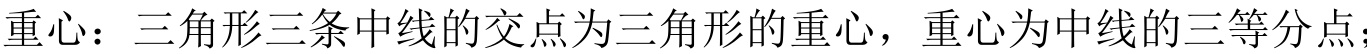
重心：三角形三条中线的交点为三角形的重心，重心为中线的三等分点；